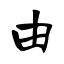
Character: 由